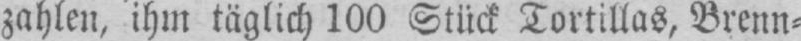
zahlen, ihm täglich 100 Stück Tortillas, Brenn⸗